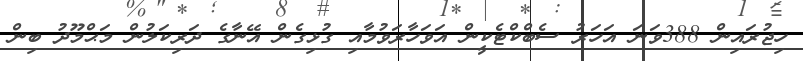
ހިޖުރައިން 388ވަނަ އަހަރު ސެބްކްޓެކީން އަވަހާރަވުމާއި ގުޅިގެން އޭނާގެ ދަރިކަލުން މަޙްމޫދު ބިން